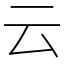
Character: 云